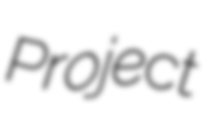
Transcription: Project